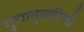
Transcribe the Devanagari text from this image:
गुणानुसारिणी